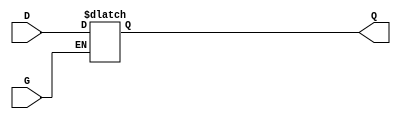
module gated_latch (
    input wire D,      // Data input
    input wire G,      // Gate/Enable input
    output reg Q       // Output
);

    always @* begin
        if (G) begin
            // When G is high, Q follows D
            Q = D;
        end
        // When G is low, Q retains its last value (hold state)
    end

endmodule